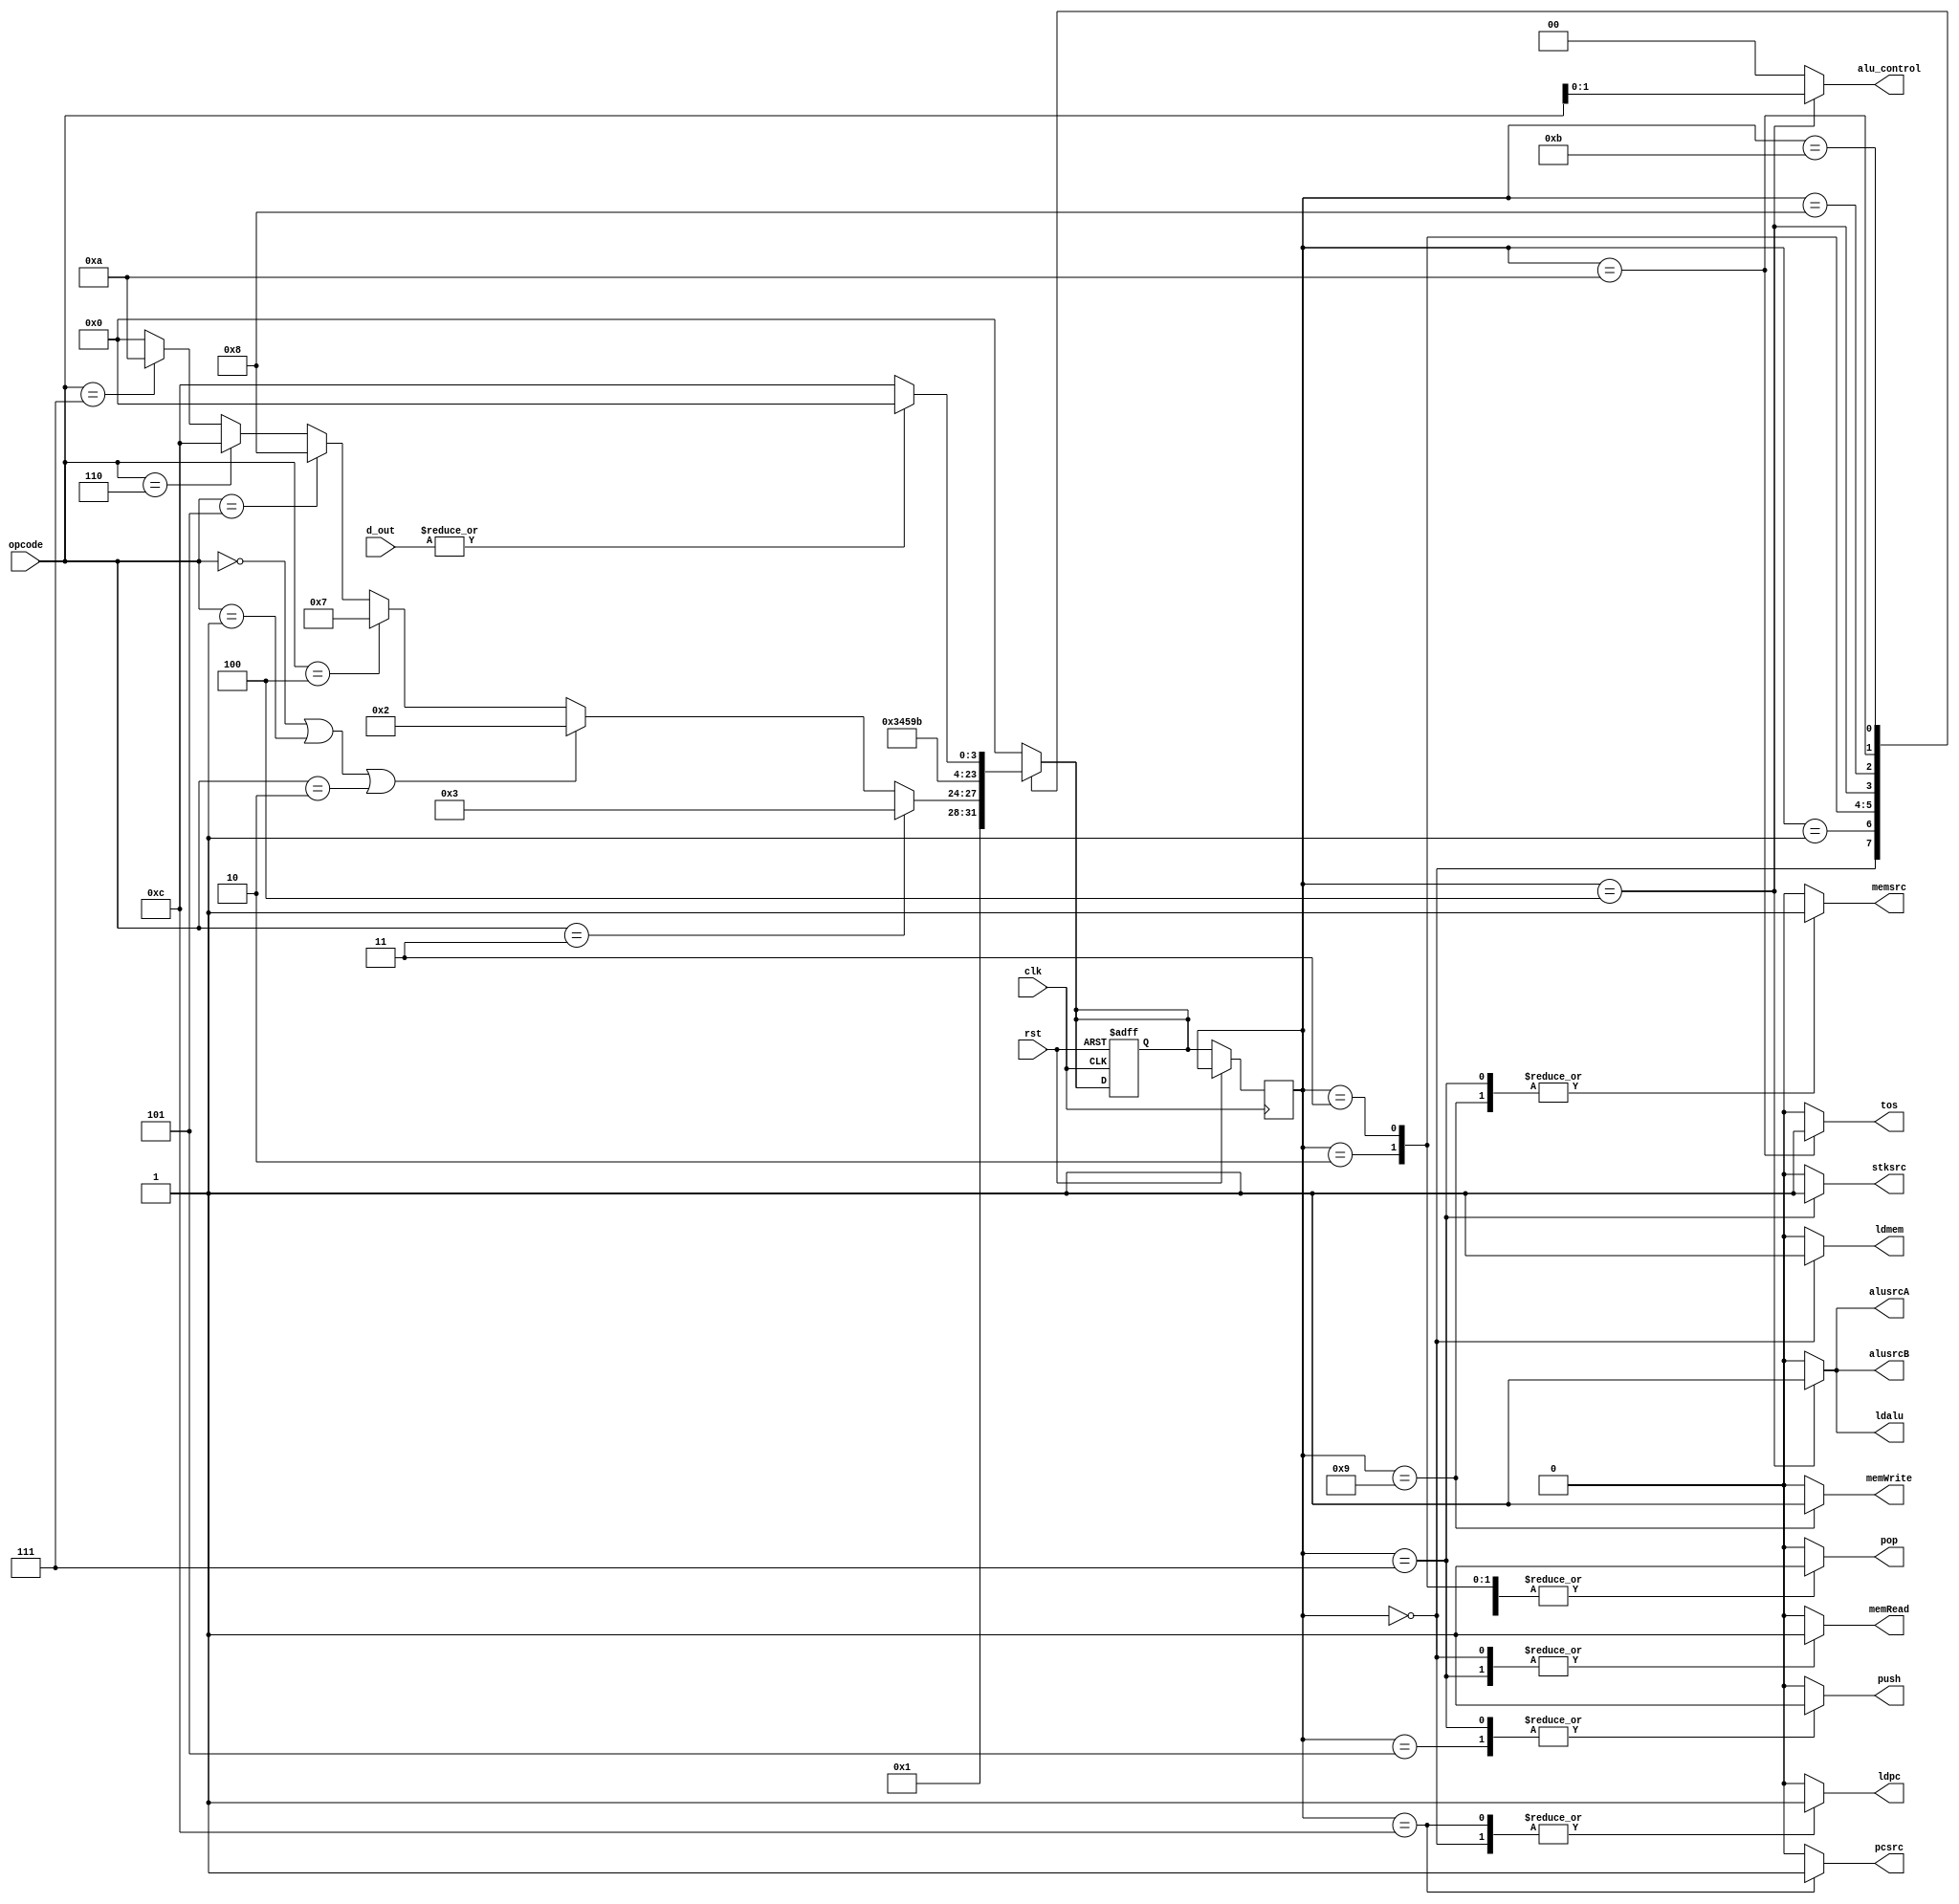
`timescale 1ns/1ns

module CU(input clk, rst, 
output reg ldpc, ldmem, ldalu, pcsrc, memsrc, alusrcA, alusrcB, stksrc, 
memRead, memWrite, push, pop, tos, 
output reg [1:0] alu_control, 
input [2:0] opcode, 
input [7:0] d_out);

reg [3:0] ps,ns;
parameter IF = 0, ID = 1, S_POP1 = 2, S_POP2 = 3, ALU = 4,
A_PUSH = 5, M_READ = 6, M_PUSH = 7, M_POP = 8,
M_WRITE = 9, TOS = 10, Z_CHECK = 11, JUMP = 12;
parameter ADD = 0, SUB = 1, AND = 2, NOT = 3, PUSH = 4, POP = 5, JMP = 6, JZ = 7;
always @(opcode, d_out, ps) begin
  {ldpc, ldmem, ldalu, pcsrc, memsrc, alusrcA, alusrcB, stksrc, 
  memRead, memWrite, push, pop, tos, alu_control} = 15'b0;
  ns = IF;
  case(ps)
    
    IF: begin
      ns = ID;
      ldpc = 1;
      memsrc = 0;
      alusrcA = 0;
      alusrcB = 0;
      alu_control = ADD;
      pcsrc = 0;
      memRead = 1;
      ldmem = 1;
    end
    
    ID: begin
      
      ns = (opcode==NOT)?S_POP2:
             (opcode==ADD || opcode==SUB || opcode==AND)?S_POP1:
             (opcode==PUSH)?M_PUSH:
             (opcode==POP)?M_POP:
             (opcode==JMP)?JUMP:
             (opcode==JZ)?TOS:IF;
    end
    
    S_POP1: begin
      ns = S_POP2;
      pop = 1;
    end
    
    S_POP2: begin
      ns = ALU;
      pop = 1;
    end
    
    ALU: begin
      ns = A_PUSH;
      alusrcA = 1;
      alusrcB = 1;
      ldalu = 1;
      alu_control = opcode[1:0];
    end
    
    A_PUSH: begin
      ns = IF;
      push = 1;
      stksrc = 0;
    end
      
    M_PUSH: begin
      ns = IF;
      memsrc = 1;
      memRead = 1;
      push = 1;
      stksrc = 1;
    end
    
    M_POP: begin
      ns = M_WRITE;
      pop = 1;
    end
    
    M_WRITE: begin
      ns = IF;
      memWrite = 1;
      memsrc = 1;
    end
    
    TOS: begin
      ns = Z_CHECK;
      tos = 1;
    end

    //TOS2: ns = Z_CHECK;
    
    Z_CHECK: begin 
      if (|d_out) ns = IF;
      else ns = JUMP;
    end
    JUMP: begin
      pcsrc = 1;
      ldpc = 1;
    end
    endcase     
end
always @(posedge clk, posedge rst) begin
  if (rst) ns <= IF;
  else ps <= ns;
end

endmodule